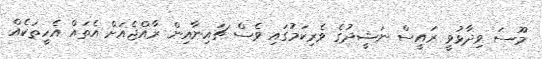
މޫސަ ވިދާޅުވީ ރައީސް ނަޝީދުގެ ވެރިކަމުގައި ވެސް ޗައިނާއިން ރާއްޖެއަށް އެތައް އެހީތަކެއް